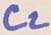
Text: C2